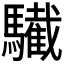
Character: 𩦷